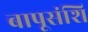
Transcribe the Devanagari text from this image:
बापूसंशि